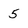
Character: 5